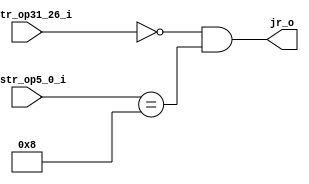
//Subject:     CO project 5 - jr
//--------------------------------------------------------------------------------
//Version:     1
//--------------------------------------------------------------------------------
//Writer:     0510513 
//----------------------------------------------
//Date:        
//----------------------------------------------
//Description: 
//--------------------------------------------------------------------------------

module jr(
    instr_op31_26_i,
    instr_op5_0_i,
    jr_o
    );
input  [5:0]  instr_op31_26_i;
input  [5:0]  instr_op5_0_i;

output        jr_o;
reg           jr_o;

always@(instr_op31_26_i or instr_op5_0_i) begin
  jr_o<=(instr_op31_26_i==6'b000000)&(instr_op5_0_i==6'b001000);
end

endmodule